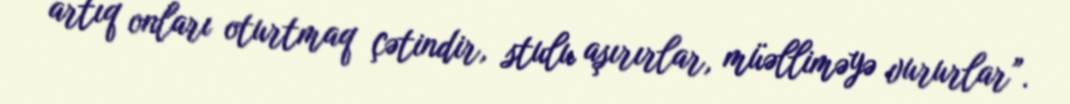
artıq onları oturtmaq çətindir, stulu aşırırlar, müəlliməyə vururlar”.